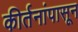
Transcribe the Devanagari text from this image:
कीर्तनांपासून